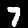
Label: 7